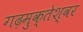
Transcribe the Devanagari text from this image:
गढ़मुक्‍तेश्‍वर